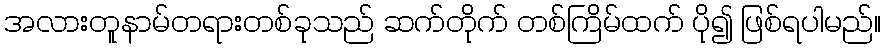
အလားတူနာမ်တရားတစ်ခုသည် ဆက်တိုက် တစ်ကြိမ်ထက် ပို၍ ဖြစ်ရပါမည်။